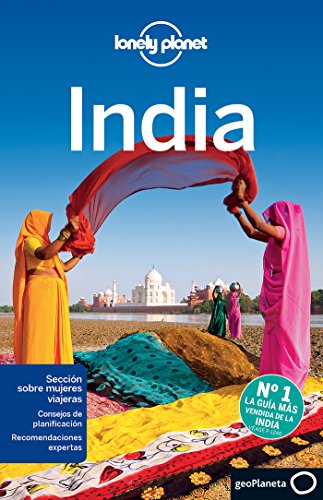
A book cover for Lonely Planet India (Travel Guide) (Spanish Edition); Lonely Planet; Travel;